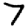
Digit: 7